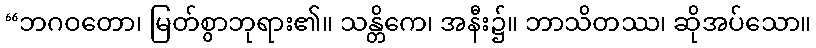
“ဘဂဝတော၊ မြတ်စွာဘုရား၏။ သန္တိကေ၊ အနီး၌။ ဘာသိတဿ၊ ဆိုအပ်သော။